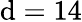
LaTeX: \mathrm{d}=14